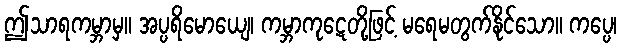
ဤသာရကမ္ဘာမှ။ အပ္ပရိမောယျေ၊ ကမ္ဘာကုဋေတို့ဖြင့် မရေမတွက်နိုင်သော။ ကပ္ပေ၊